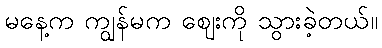
မနေ့က ကျွန်မက ဈေးကို သွားခဲ့တယ်။